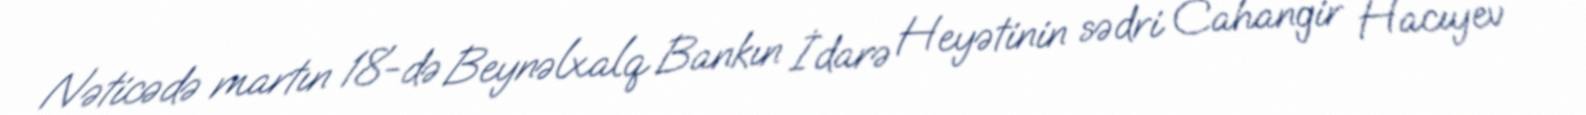
Nəticədə martın 18-də Beynəlxalq Bankın İdarə Heyətinin sədri Cahangir Hacıyev